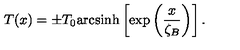
T ( x ) = \pm T _ { 0 } \mathrm { a r c s i n h } \left[ \exp \left( \frac { x } { \zeta _ { B } } \right) \right] .